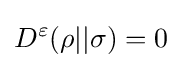
D^{\varepsilon }(\rho ||\sigma )=0